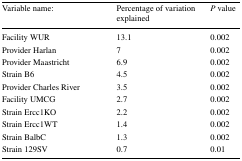
| Variable name: | Percentage of variation explained | P value |
 | --- | --- | --- |
 | Facility WUR | 13.1 | 0.002 |
 | Provider Harlan | 7 | 0.002 |
 | Provider Maastricht | 6.9 | 0.002 |
 | Strain B6 | 4.5 | 0.002 |
 | Provider Charles River | 3.5 | 0.002 |
 | Facility UMCG | 2.7 | 0.002 |
 | Strain Ercc1KO | 2.2 | 0.002 |
 | Strain Ercc1WT | 1.4 | 0.002 |
 | Strain BalbC | 1.3 | 0.002 |
 | Strain 129SV | 0.7 | 0.01 |